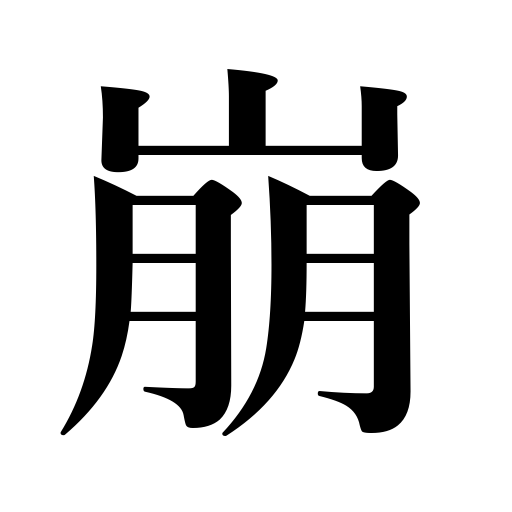
Meanings: cut prices,get out of shape,collapse,crumble bread,worsen weather,put in disorder,cave in,destroy level a hill,simplify,be destroyed,die,be routed,change money,crumble,demolish